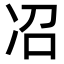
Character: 𫥈